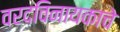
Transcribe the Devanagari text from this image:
वरदविनायकाचे